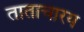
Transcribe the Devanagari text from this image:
ताताचारय